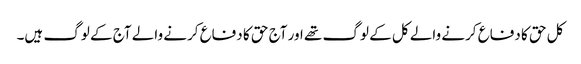
کل حق کا دفاع کرنے والے کل کے لوگ تھے اور آج حق کا دفاع کرنے والے آج کے لوگ ہیں۔